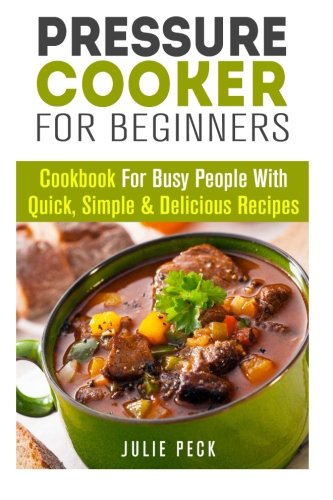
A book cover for Pressure Cooker for Beginners: Cookbook for Busy People with Quick, Simple & Delicious Recipes (Pressure Cooker Recipes); Julie Peck; Cookbooks, Food & Wine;